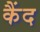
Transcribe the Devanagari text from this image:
कैंद